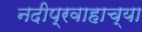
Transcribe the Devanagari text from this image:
नदीप्रवाहाच्या